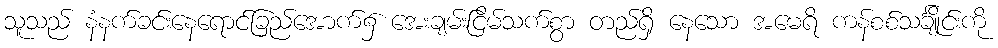
သူသည် နံနက်ခင်းနေရောင်ခြည်အောက်၌ အေးချမ်းငြိမ်သက်စွာ တည်ရှိ နေသော အမေရိ ကန်စစ်သင်္ချိုင်းကို